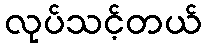
လုပ်သင့်တယ်